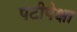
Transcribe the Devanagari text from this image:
पटीपेक्षा